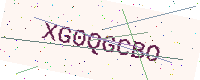
Text: XG0QGCBO